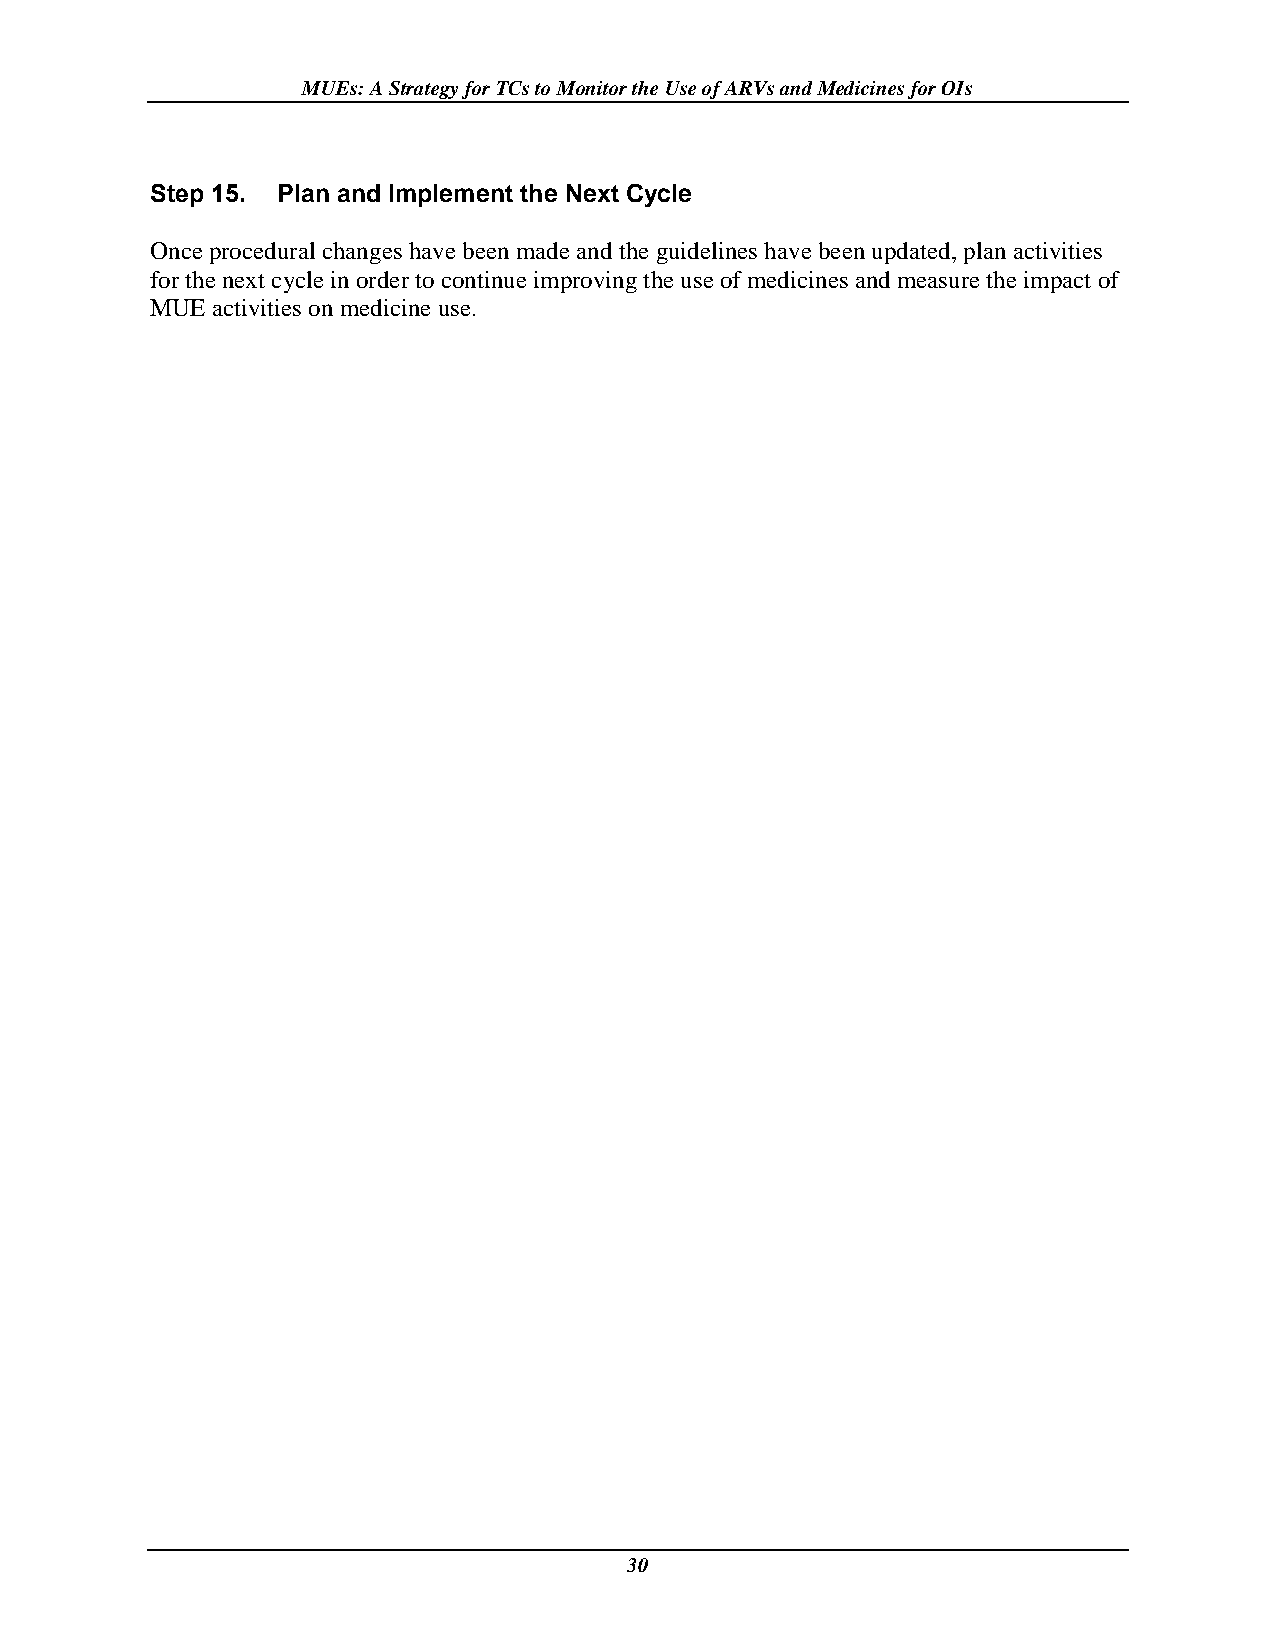
MUEs: A Strategy for TCs to Monitor the Use of ARVs and Medicines for OIs
 Step 15. Plan and Implement the Next Cycle
 Once procedural changes have been made and the guidelines have been updated, plan activities
 for the next cycle in order to continue improving the use of medicines and measure the impact of
 MUE activities on medicine use.
 30